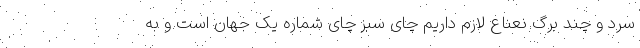
سرد و چند برگ نعناع لازم داریم چای سبز چای شماره یک جهان است و به